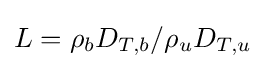
L=\rho _{b}D_{T,b}/\rho _{u}D_{T,u}